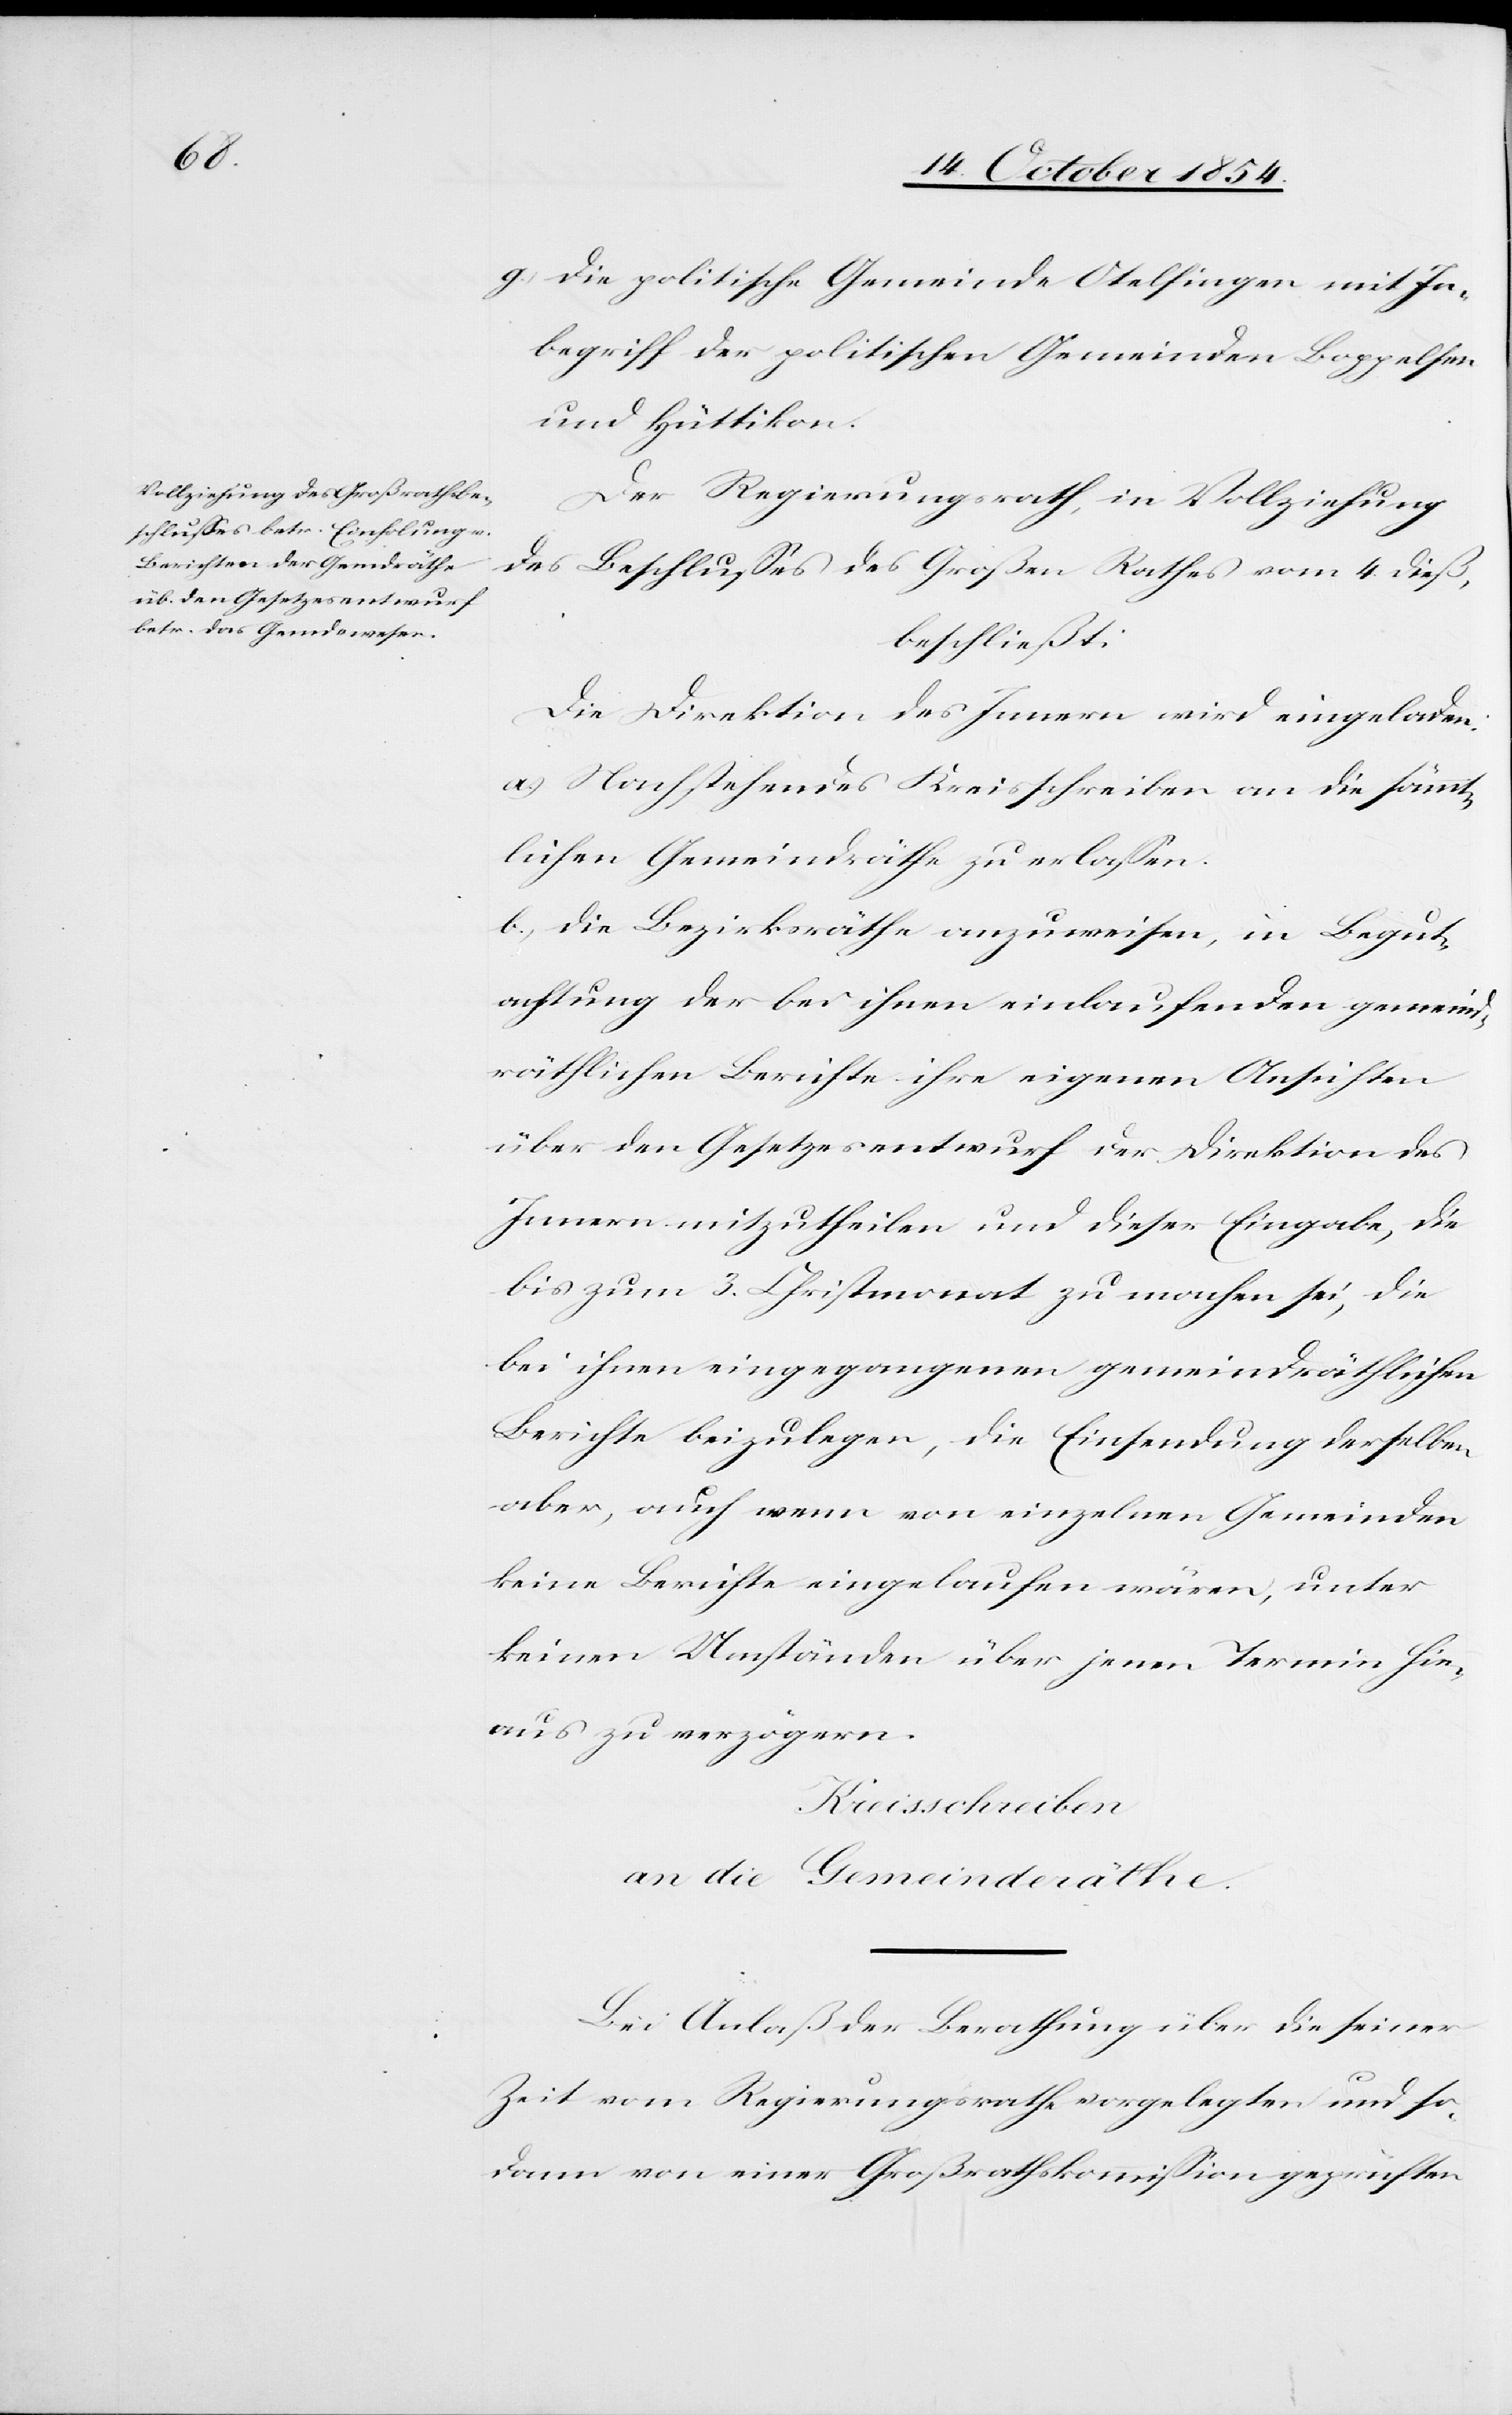
g.) die politische Gemeinde Otelfingen mit In¬
begriff der politischen Gemeinden Boppelsen
und Hüttikon.
Der Regierungsrath, in Vollziehung
des Beschlußes des Großen Rathes vom 4. dieß,
beschließt:
Die Direktion des Innern wird eingeladen:
a.) Nachstehendes Kreisschreiben an die sämmt¬
lichen Gemeindräthe zu erlaßen.
b.) Die Bezirksräthe anzuweisen, in Begut¬
achtung der bei ihnen einlaufenden gemeind¬
räthlichen Berichte ihre eigenen Ansichten
über den Gesetzesentwurf der Direktion des
Innern mitzutheilen und dieser Eingabe, die
bis zum 3. Christmonat zu machen sei, die
bei ihnen eingegangenen gemeindräthlichen
Berichte beizulegen, die Einsendung derselben
aber, auch wenn von einzelnen Gemeinden
keine Berichte eingelaufen wären, unter
keinen Umständen über jenen Termin hin¬
aus zu verzögern.
Kreisschreiben
an die Gemeinderäthe.
Bei Anlaß der Berathung über die seiner
Zeit vom Regierungsrathe vorgelegten und so¬
dann von einer Großrathskommißion geprüften